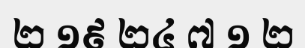
២ ១៩ ២៤ ៧ ១ ២